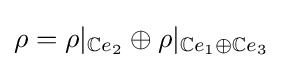
\rho =\rho |_{\mathbb {C} e_{2}}\oplus \rho |_{\mathbb {C} e_{1}\oplus \mathbb {C} e_{3}}